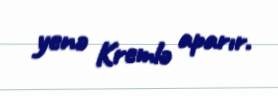
yenə Kremlə aparır.